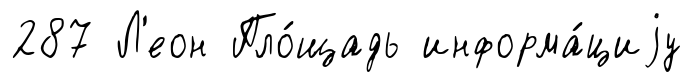
287 Л'еон Пло́щадь информа́циjу